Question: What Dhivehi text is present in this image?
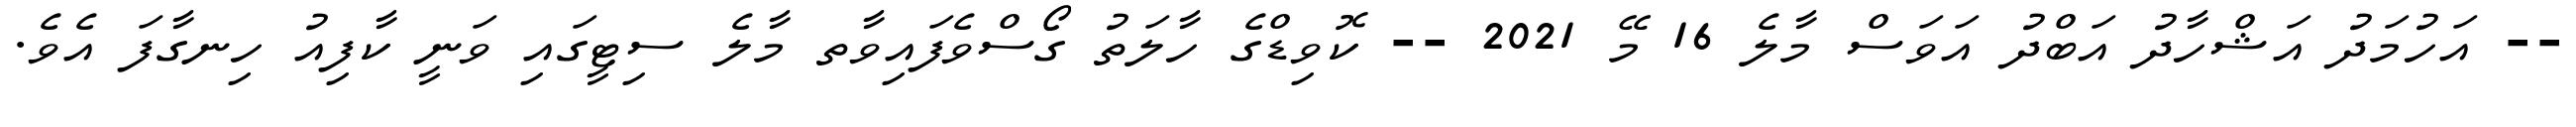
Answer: -- އަހުމަދު އަޝްހާދު އަބްދު އަވަސް މާލެ 16 މޭ 2021 -- ކޮވިޑްގެ ހާލަތު ގޯސްވެފައިވާތ މާލެ ސިޓީގައި ވަނީ ކާފިއު ހިނގާފަ އެވެ.